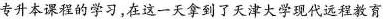
专升本课程的学习，在这一天拿到了天津大学现代远程教育